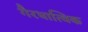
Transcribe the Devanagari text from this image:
गैरधात्विक